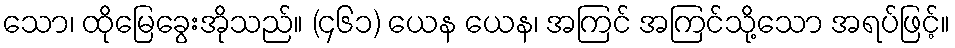
သော၊ ထိုမြေခွေးအိုသည်။ (၄၆၁) ယေန ယေန၊ အကြင် အကြင်သို့သော အရပ်ဖြင့်။